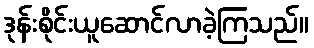
ဒုန်းစိုင်းယူဆောင်လာခဲ့ကြသည်။